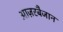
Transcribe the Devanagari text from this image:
आज़रबैजान